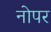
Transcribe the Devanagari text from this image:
नोपर